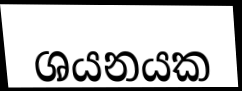
ශයනයක